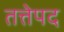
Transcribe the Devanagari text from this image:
तत्तेपद